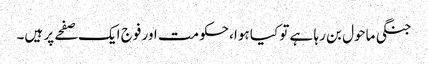
جنگی ماحول بن رہا ہے تو کیا ہوا، حکومت اور فوج ایک صفحے پر ہیں۔